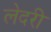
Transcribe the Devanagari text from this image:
लेदरी